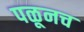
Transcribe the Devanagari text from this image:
पळूनच